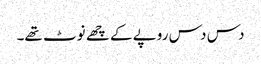
دس دس روپے کے چھے نوٹ تھے۔